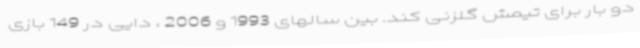
دو بار برای تیمش گلزنی کند. بین سالهای 1993 و 2006 ، دایی در 149 بازی